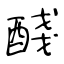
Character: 醆